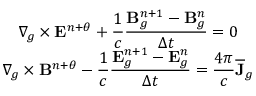
\begin{array} { c c c } { \displaystyle \nabla _ { g } \times \mathbf { E } ^ { n + \theta } + \frac { 1 } { c } \frac { \mathbf { B } _ { g } ^ { n + 1 } - \mathbf { B } _ { g } ^ { n } } { \Delta t } = 0 } \\ { \displaystyle \nabla _ { g } \times \mathbf { B } ^ { n + \theta } - \frac { 1 } { c } \frac { \mathbf { E } _ { g } ^ { n + 1 } - \mathbf { E } _ { g } ^ { n } } { \Delta t } = \frac { 4 \pi } { c } \overline { { \mathbf { J } } } _ { g } } \end{array}